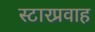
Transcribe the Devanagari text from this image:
स्टारप्रवाह